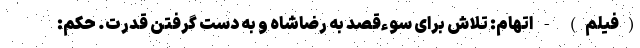
(فیلم) - اتهام: تلاش برای سوء‌قصد به رضاشاه و به دست گرفتن قدرت. حکم: